Cholera in southern India
Disease focus: Cholera
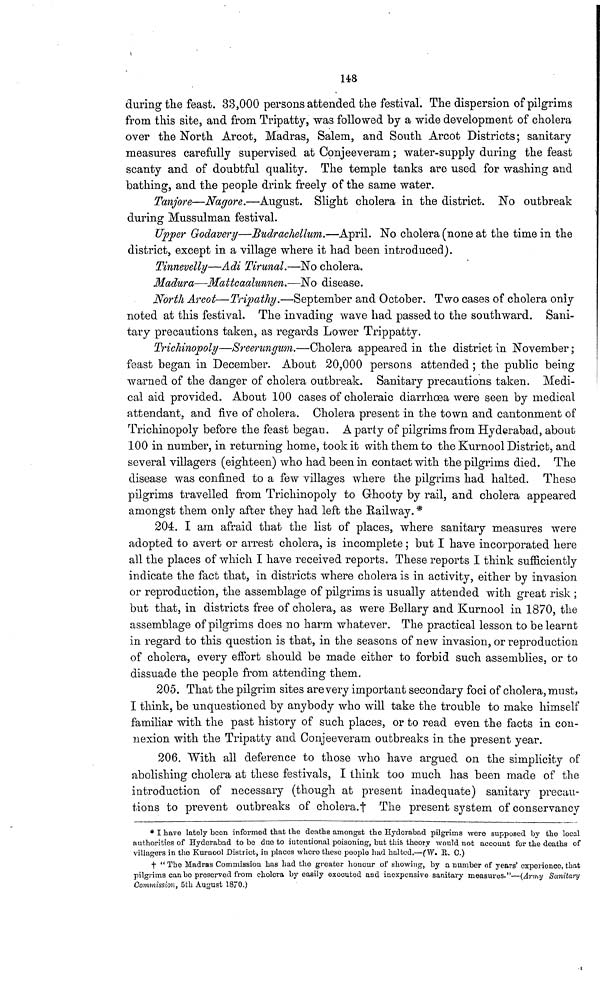
148
during the feast. 33,000 persons attended the festival. The dispersion of pilgrims
from this site, and from Tripatty, was followed by a wide development of cholera
over the North Arcot, Madras, Salem, and South Arcot Districts; sanitary
measures carefully supervised at Conjeeveram ; water-supply during the feast
scanty and of doubtful quality. The temple tanks are used for washing and
bathing, and the people drink freely of the same water.
Tanjore—Nagore.—August. Slight cholera in the district. No outbreak
during Mussulman festival.
Upper Godavery—Budrachellum.—April. No cholera (none at the time in the
district, except in a village where it had been introduced).
Tinnevelly—Adi Tirunal.—No cholera.
Madura—Mattcaalunnen.—No disease.
North Arcot—Tripathy.—September and October. Two cases of cholera only
noted at this festival. The invading wave had passed to the southward. Sani-
tary precautions taken, as regards Lower Trippatty.
Trichinopoly—Sreerungum.—Cholera appeared in the district in November ;
feast began in December. About 20,000 persons attended ; the public being
warned of the danger of cholera outbreak. Sanitary precautions taken. Medi-
cal aid provided. About 100 cases of choleraic diarrhoea were seen by medical
attendant, and five of cholera. Cholera present in the town and cantonment of
Trichinopoly before the feast began. A party of pilgrims from Hyderabad, about
100 in number, in returning home, took it with them to the Kurnool District, and
several villagers (eighteen) who had been in contact with the pilgrims died. The
disease was confined to a few villages where the pilgrims had halted. These
pilgrims travelled from Trichinopoly to Ghooty by rail, and cholera appeared
amongst them only after they had left the Railway. *
204. I am afraid that the list of places, where sanitary measures were
adopted to avert or arrest cholera, is incomplete ; but I have incorporated here
all the places of which I have received reports. These reports I think sufficiently
indicate the fact that, in districts where cholera is in activity, either by invasion
or reproduction, the assemblage of pilgrims is usually attended with great risk ;
but that, in districts free of cholera, as were Bellary and Kurnool in 1870, the
assemblage of pilgrims does no harm whatever. The practical lesson to be learnt
in regard to this question is that, in the seasons of new invasion, or reproduction
of cholera, every effort should be made either to forbid such assemblies, or to
dissuade the people from attending them.
205. That the pilgrim sites are very important secondary foci of cholera, must,
I think, be unquestioned by anybody who will take the trouble to make himself
familiar with the past history of such places, or to read even the facts in con-
nexion with the Tripatty and Conjeeveram outbreaks in the present year.
206. With all deference to those who have argued on the simplicity of
abolishing cholera at these festivals, I think too much has been made of the
introduction of necessary (though at present inadequate) sanitary precau-
tions to prevent outbreaks of cholera.+ The present system of conservancy
* I have lately been informed that the deaths amongst the Hyderabad pilgrims were supposed by the local
authorities of Hyderabad to be due to intentional poisoning, but this theory would not account for the deaths of
villagers in the Kurnool District, in places where these people had halted.—(W. R. O.)
t " The Madras Commission has had the greater honour of showing, by a number of years' experience, that
pilgrims can bo preserved from cholera by easily executed and inexpensive sanitary measures."—(Army Sanitary
Commission, 5th August 1870.)